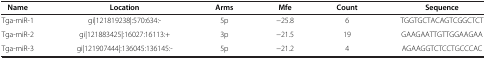
| Name | Location | Arms | Mfe | Count | Sequence |
 | --- | --- | --- | --- | --- | --- |
 | Tga-miR-1 | gi|121819238|:570:634:- | 5p | -25.8 | 6 | TGGTGCTACAGTCGGCTCT |
 | Tga-miR-2 | gi|121883425|:16027:16113:+ | 3p | -21.5 | 19 | GAAGAATTGTTGGAAGAA |
 | Tga-miR-3 | gi|121907444|:136045:136145:- | 5p | -21.2 | 4 | AGAAGGTCTCCTGCCCAC |